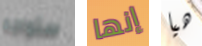
ستواجه إنها هيا